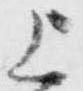
上